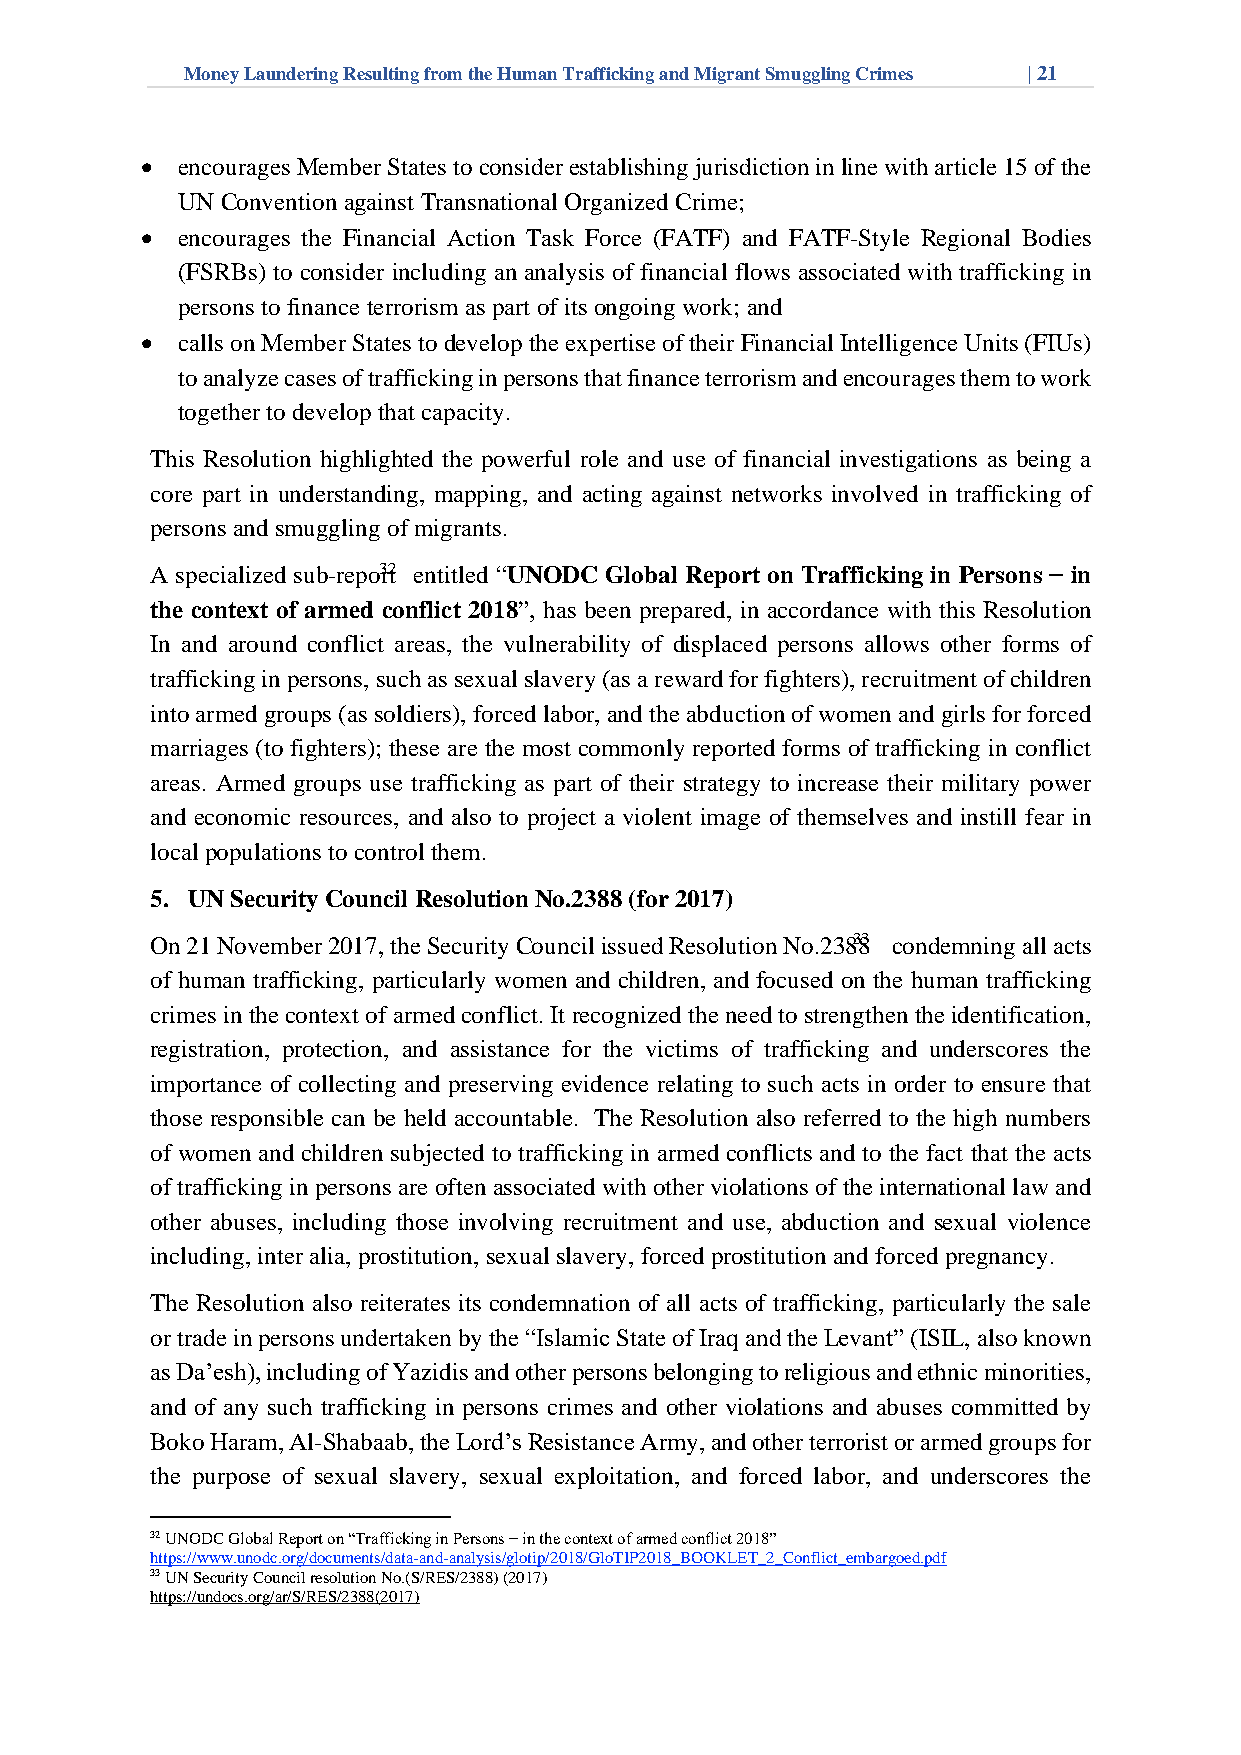
Money Laundering Resulting from the Human Trafficking and Migrant Smuggling Crimes | 21
 •  encourages Member States to consider establishing jurisdiction in line with article 15 of the
 UN Convention against Transnational Organized Crime;
 •  encourages the Financial Action Task Force (FATF) and FATF-Style Regional Bodies
 (FSRBs) to consider including an analysis of financial flows associated with trafficking in
 persons to finance terrorism as part of its ongoing work; and
 •  calls on Member States to develop the expertise of their Financial Intelligence Units (FIUs)
 to analyze cases of trafficking in persons that finance terrorism and encourages them to work
 together to develop that capacity.
 This Resolution highlighted the powerful role and use of financial investigations as being a
 core part in understanding, mapping, and acting against networks involved in trafficking of
 persons and smuggling of migrants.
 A specialized sub-repo3r2t entitled “UNODC Global Report on Trafficking in Persons − in
 the context of armed conflict 2018”, has been prepared, in accordance with this Resolution
 In and around conflict areas, the vulnerability of displaced persons allows other forms of
 trafficking in persons, such as sexual slavery (as a reward for fighters), recruitment of children
 into armed groups (as soldiers), forced labor, and the abduction of women and girls for forced
 marriages (to fighters); these are the most commonly reported forms of trafficking in conflict
 areas. Armed groups use trafficking as part of their strategy to increase their military power
 and economic resources, and also to project a violent image of themselves and instill fear in
 local populations to control them.
 5. UN Security Council Resolution No.2388 (for 2017)
 On 21 November 2017, the Security Council issued Resolution No.238383 condemning all acts
 of human trafficking, particularly women and children, and focused on the human trafficking
 crimes in the context of armed conflict. It recognized the need to strengthen the identification,
 registration, protection, and assistance for the victims of trafficking and underscores the
 importance of collecting and preserving evidence relating to such acts in order to ensure that
 those responsible can be held accountable. The Resolution also referred to the high numbers
 of women and children subjected to trafficking in armed conflicts and to the fact that the acts
 of trafficking in persons are often associated with other violations of the international law and
 other abuses, including those involving recruitment and use, abduction and sexual violence
 including, inter alia, prostitution, sexual slavery, forced prostitution and forced pregnancy.
 The Resolution also reiterates its condemnation of all acts of trafficking, particularly the sale
 or trade in persons undertaken by the “Islamic State of Iraq and the Levant” (ISIL, also known
 as Da’esh), including of Yazidis and other persons belonging to religious and ethnic minorities,
 and of any such trafficking in persons crimes and other violations and abuses committed by
 Boko Haram, Al-Shabaab, the Lord’s Resistance Army, and other terrorist or armed groups for
 the purpose of sexual slavery, sexual exploitation, and forced labor, and underscores the
 32 UNODC Global Report on “Trafficking in Persons − in the context of armed conflict 2018”
 https://www.unodc.org/documents/data-and-analysis/glotip/2018/GloTIP2018_BOOKLET_2_Conflict_embargoed.pdf
 33 UN Security Council resolution No.(S/RES/2388) (2017)
 https://undocs.org/ar/S/RES/2388(2017)